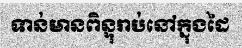
ទាន់មានពិន្ទុរាប់នៅក្នុងដៃ